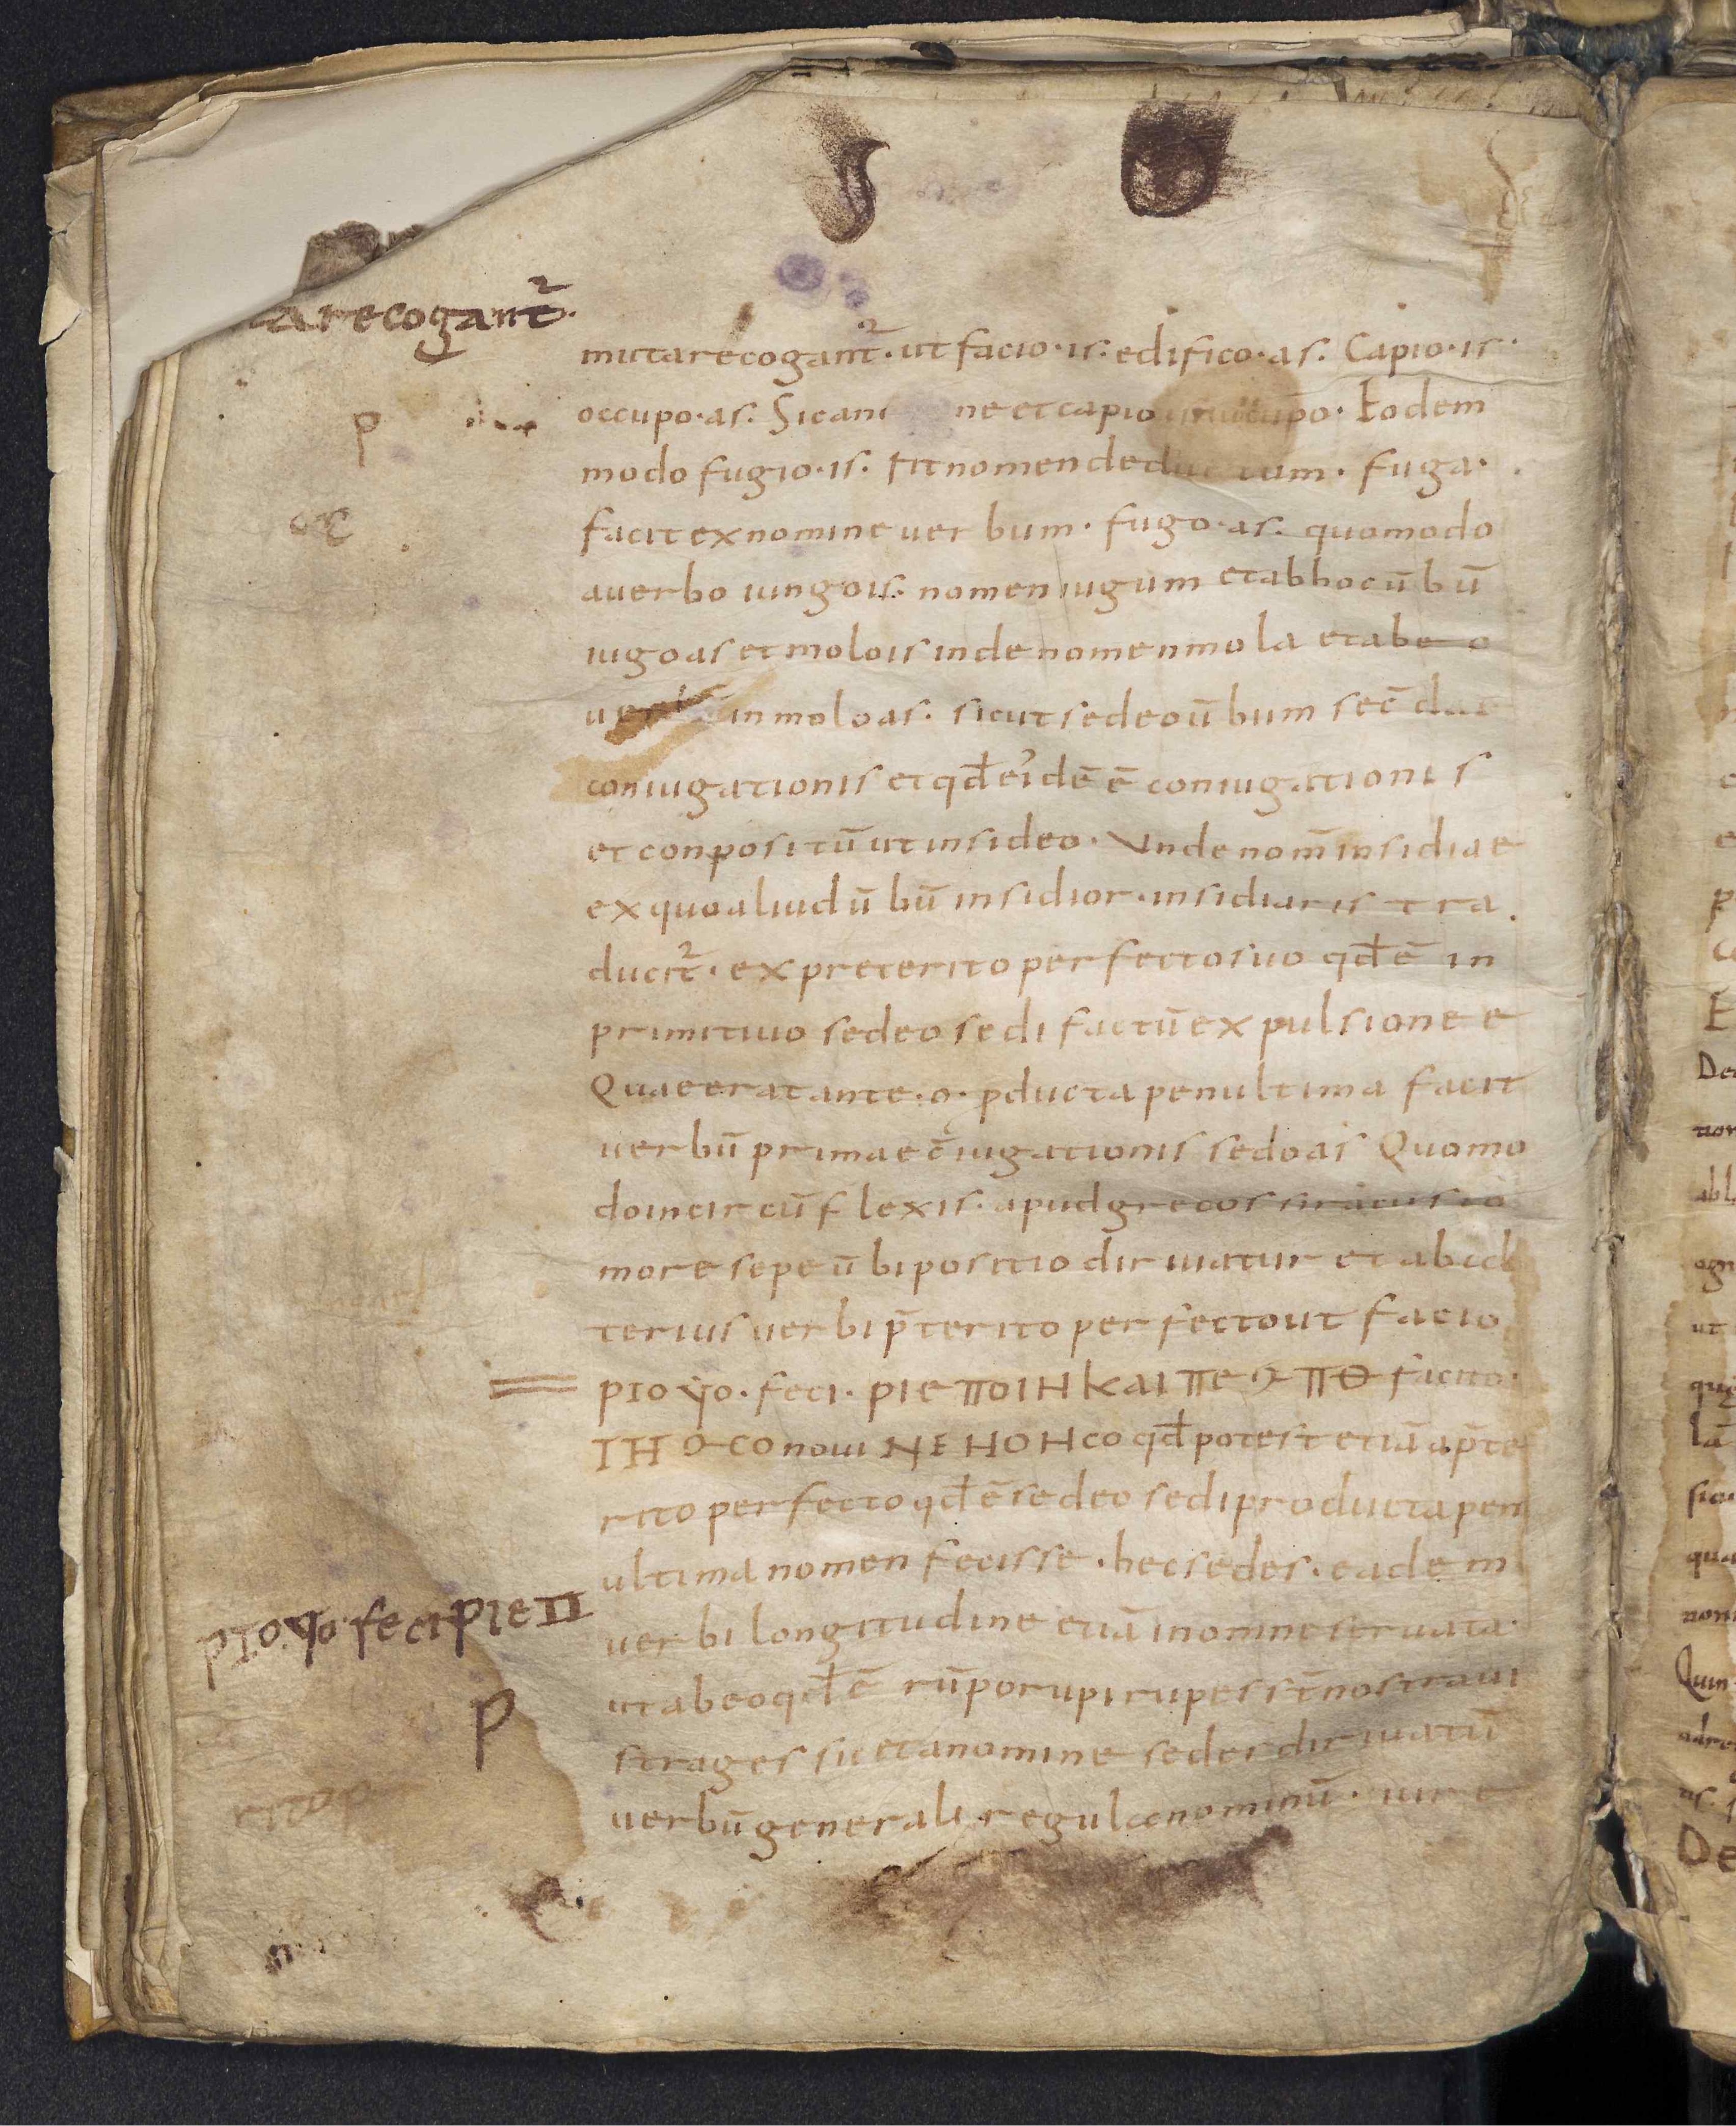
Shelfmark: Leiden, Bibliotheek der Rijksuniversiteit, Voss. Lat. O 41
Century: 9